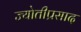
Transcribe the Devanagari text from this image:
ज्योतीप्रसाद